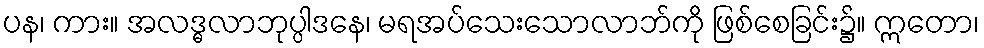
ပန၊ ကား။ အလဒ္ဓလာဘုပ္ပါဒနေ၊ မရအပ်သေးသောလာဘ်ကို ဖြစ်စေခြင်း၌။ ဣတော၊